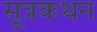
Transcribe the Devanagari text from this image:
सूत्रकथन